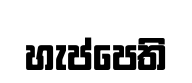
හැප්පෙති